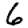
Digit: 6